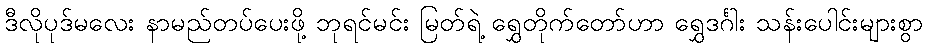
ဒီလိုပုဒ်မလေး နာမည်တပ်ပေးဖို့ ဘုရင်မင်း မြတ်ရဲ့ ရွှေတိုက်တော်ဟာ ရွှေဒင်္ဂါး သန်းပေါင်းများစွာ